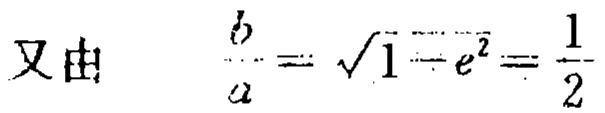
又由 \(\frac{b}{a}=\sqrt{1 - e^{2}}=\frac{1}{2}\)